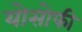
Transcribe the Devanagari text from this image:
योसोफी